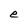
Character: e